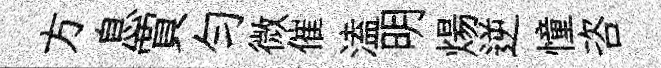
方息賈匀微催溘明煬逆憧咨